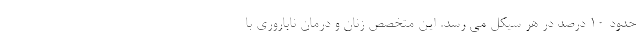
حدود ۱۰ درصد در هر سیکل می رسد. این متخصص زنان و درمان ناباروری با